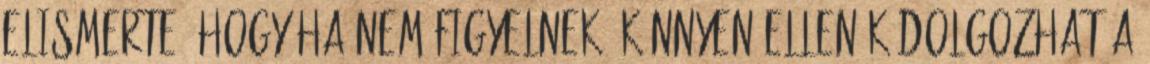
elismerte, hogy ha nem figyelnek, könnyen ellenük dolgozhat a